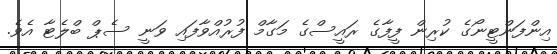
އިންފަންޓީނޯގެ ކުރިން ފީފާގެ ރައީސްގެ މަގާމް ފުރުއްވާފައި ވަނީ ސެޕް ބްލެޓާ އެވެ.